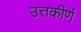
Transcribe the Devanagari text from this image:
उत्तकीर्ण